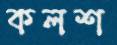
কলশ